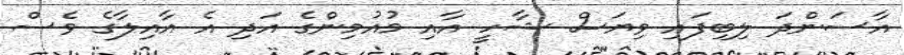
އާސަންދަ ލިބިފައި ވިޔަސް ޝާހީ އާއި މުއުމިންގެ އަދި އެ އާއިލާގެ ވެސް